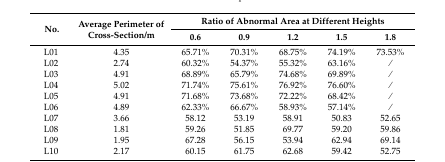
<table><thead><tr><td rowspan="2"><b>No.</b></td><td rowspan="2"><b>Average Perimeter of Cross-Section/m</b></td><td colspan="5"><b>Ratio of Abnormal Area at Different Heights</b></td></tr><tr><td><b>0.6</b></td><td><b>0.9</b></td><td><b>1.2</b></td><td><b>1.5</b></td><td><b>1.8</b></td></tr></thead><tbody><tr><td>L01</td><td>4.35</td><td>65.71%</td><td>70.31%</td><td>68.75%</td><td>74.19%</td><td>73.53%</td></tr><tr><td>L02</td><td>2.74</td><td>60.32%</td><td>54.37%</td><td>55.32%</td><td>63.16%</td><td>⁄</td></tr><tr><td>L03</td><td>4.91</td><td>68.89%</td><td>65.79%</td><td>74.68%</td><td>69.89%</td><td>⁄</td></tr><tr><td>L04</td><td>5.02</td><td>71.74%</td><td>75.61%</td><td>76.92%</td><td>76.60%</td><td>⁄</td></tr><tr><td>L05</td><td>4.91</td><td>71.68%</td><td>73.68%</td><td>72.22%</td><td>68.42%</td><td>⁄</td></tr><tr><td>L06</td><td>4.89</td><td>62.33%</td><td>66.67%</td><td>58.93%</td><td>57.14%</td><td>⁄</td></tr><tr><td>L07</td><td>3.66</td><td>58.12</td><td>53.19</td><td>58.91</td><td>50.83</td><td>52.65</td></tr><tr><td>L08</td><td>1.81</td><td>59.26</td><td>51.85</td><td>69.77</td><td>59.20</td><td>59.86</td></tr><tr><td>L09</td><td>1.95</td><td>67.28</td><td>56.15</td><td>53.94</td><td>62.94</td><td>69.14</td></tr><tr><td>L10</td><td>2.17</td><td>60.15</td><td>61.75</td><td>62.68</td><td>59.42</td><td>52.75</td></tr></tbody></table>